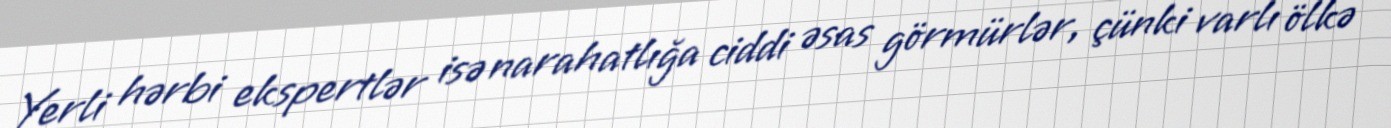
Yerli hərbi ekspertlər isə narahatlığa ciddi əsas görmürlər, çünki varlı ölkə